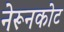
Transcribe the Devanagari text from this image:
नेरूनकोट